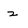
Character: z